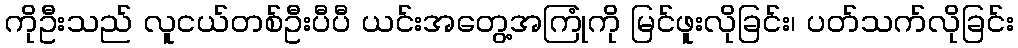
ကိုဦးသည် လူငယ်တစ်ဦးပီပီ ယင်းအတွေ့အကြုံကို မြင်ဖူးလိုခြင်း၊ ပတ်သက်လိုခြင်း